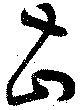
甚